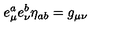
e _ { \mu } ^ { a } e _ { \nu } ^ { b } \eta _ { a b } = g _ { \mu \nu }